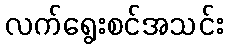
လက်ရွေးစင်အသင်း